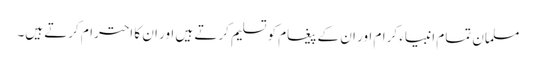
مسلمان تمام انبیاء کرام اور ان کے پیغام کو تسلیم کرتے ہیں اور ان کا احترام کرتے ہیں۔